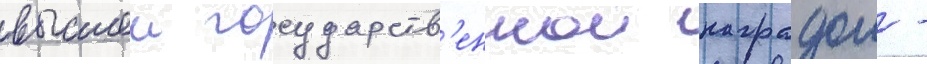
высшеи государств'еннои наградои -